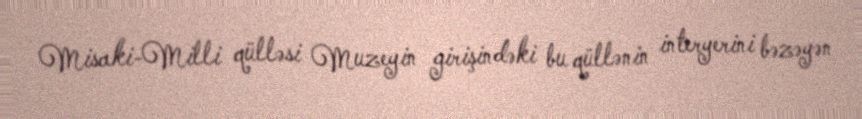
Misaki-Milli qülləsi Muzeyin girişindəki bu qüllənin interyerini bəzəyən